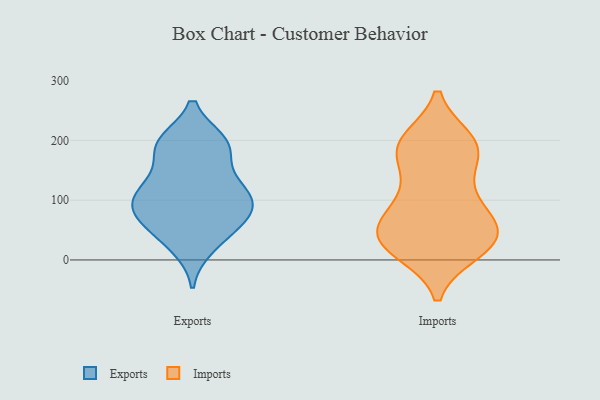
{"axis": {"x": "Demand Index", "y": "Value"}, "legend": ["Exports", "Imports"], "data": [{"x": "", "y": 84, "type": "Exports"}, {"x": "", "y": 22, "type": "Exports"}, {"x": "", "y": 100, "type": "Exports"}, {"x": "", "y": 58, "type": "Exports"}, {"x": "", "y": 109, "type": "Exports"}, {"x": "", "y": 96, "type": "Exports"}, {"x": "", "y": 65, "type": "Exports"}, {"x": "", "y": 126, "type": "Exports"}, {"x": "", "y": 126, "type": "Exports"}, {"x": "", "y": 31, "type": "Exports"}, {"x": "", "y": 197, "type": "Exports"}, {"x": "", "y": 128, "type": "Exports"}, {"x": "", "y": 188, "type": "Exports"}, {"x": "", "y": 187, "type": "Exports"}, {"x": "", "y": 194, "type": "Exports"}, {"x": "", "y": 72, "type": "Exports"}, {"x": "", "y": 197, "type": "Exports"}, {"x": "", "y": 82, "type": "Exports"}, {"x": "", "y": 188, "type": "Imports"}, {"x": "", "y": 28, "type": "Imports"}, {"x": "", "y": 199, "type": "Imports"}, {"x": "", "y": 190, "type": "Imports"}, {"x": "", "y": 105, "type": "Imports"}, {"x": "", "y": 62, "type": "Imports"}, {"x": "", "y": 42, "type": "Imports"}, {"x": "", "y": 28, "type": "Imports"}, {"x": "", "y": 135, "type": "Imports"}, {"x": "", "y": 38, "type": "Imports"}, {"x": "", "y": 37, "type": "Imports"}, {"x": "", "y": 190, "type": "Imports"}, {"x": "", "y": 70, "type": "Imports"}, {"x": "", "y": 63, "type": "Imports"}, {"x": "", "y": 173, "type": "Imports"}, {"x": "", "y": 196, "type": "Imports"}, {"x": "", "y": 15, "type": "Imports"}, {"x": "", "y": 99, "type": "Imports"}, {"x": "", "y": 16, "type": "Imports"}]}